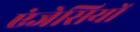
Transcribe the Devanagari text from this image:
एंजेसियों